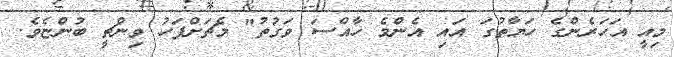
މިއީ އަހަރެންގެ ހަޔާތުގަ އައި އެންމެ ހާއްސަ ވަގުތު" މެޗަށްފަހު ވިންޗީ ބުންޏެވެ.